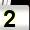
Digit: 2